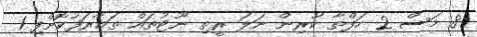
8 މަސް 2 ހަފްތާ ކުރިން ނަލަ ރީތި ނޫޓުތައް ތަޢާރަފުކޮށްފި 1